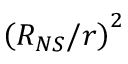
\left( { R _ { N S } } / { r } \right) ^ { 2 }